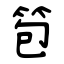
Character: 笣